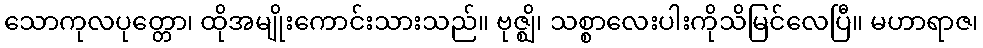
သောကုလပုတ္တော၊ ထိုအမျိုးကောင်းသားသည်။ ဗုဇ္ဈိ၊ သစ္စာလေးပါးကိုသိမြင်လေပြီ။ မဟာရာဇ၊